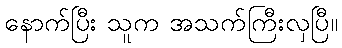
နောက်ပြီး သူက အသက်ကြီးလှပြီ။